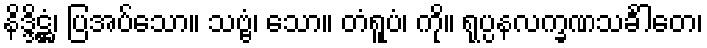
နိဒ္ဒိဋ္ဌံ၊ ပြအပ်သော။ သဗ္ဗံ၊ သော။ တံရူပံ၊ ကို။ ရုပ္ပနလက္ခဏသင်္ခါတေ၊